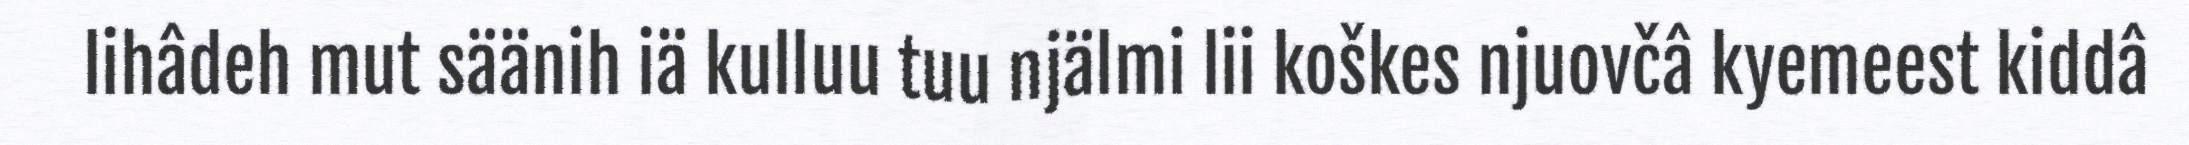
lihâdeh mut säänih iä kulluu tuu njälmi lii koškes njuovčâ kyemeest kiddâ